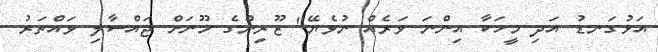
އަޅުގަނޑު އަދި މީހަކާ އިންނަ ވަރެއް ނުވެޔޭ" ޒޫރިންގެ މޫނަށް ޖައްސާލި ވައްތަރު